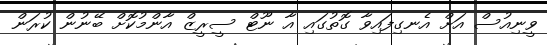
ވީނިއުސް އަށް އެނގިފައިވާ ގޮތުގައި އާ ނޫޓް ސީރީޒް އާންމުކޮށް ބޭނުން ކުރަން